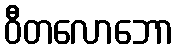
ဝီတလောဘော